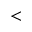
<